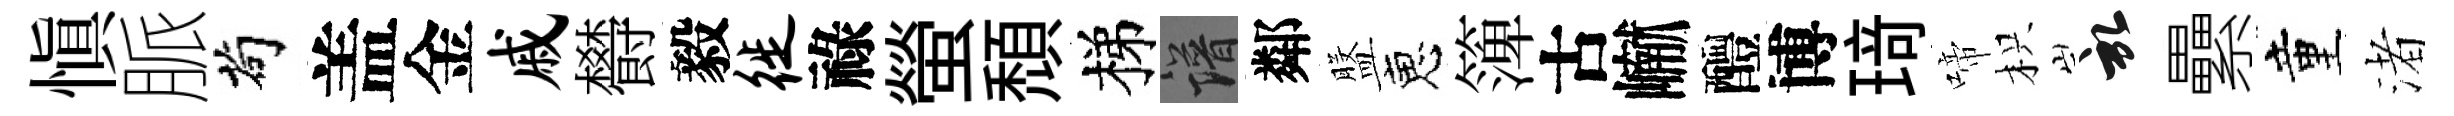
慎脈茍盖金戚欎毅徙祿螢頹梯譜鄰盤恵𥱼古𪩘醴博𤦺啼枳啓纍童渚